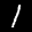
Label: 1